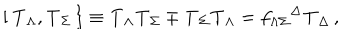
{ } [ \, { \bf T } _ { \Lambda } , { \bf T } _ { \Sigma } \, \} \equiv { \bf T } _ { \Lambda } { \bf T } _ { \Sigma } \mp { \bf T } _ { \Sigma } { \bf T } _ { \Lambda } = f _ { \Lambda \Sigma } { } ^ { \Delta } { \bf T } _ { \Delta } \, ,